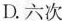
D.六次